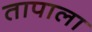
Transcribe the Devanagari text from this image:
तापाला